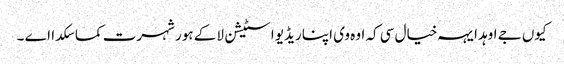
کیوں جے اوہد ایہہ خیال سی کہ اوہ وی اپنا ریڈیو اسٹیشن لا کے ہور شہرت کما سکدا اے ۔